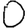
Digit: 0